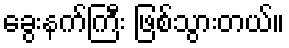
ခွေးနက်ကြီး ဖြစ်သွားတယ်။